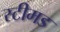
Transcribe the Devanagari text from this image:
स्टीमड